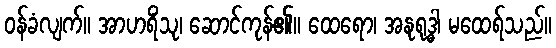
ဝန်ခံလျက်။ အာဟရိံသု၊ ဆောင်ကုန်၏။ ထေရော၊ အနုရုဒ္ဓါ မထေရ်သည်။